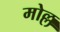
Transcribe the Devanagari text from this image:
मोल्ल